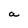
Character: a